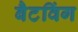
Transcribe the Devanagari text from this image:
बैटविंग